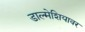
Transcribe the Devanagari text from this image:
डाल्मेशियावर